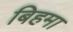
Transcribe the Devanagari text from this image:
बिहमा